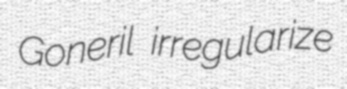
Goneril irregularize